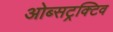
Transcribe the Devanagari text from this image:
ओब्सट्रक्टिव